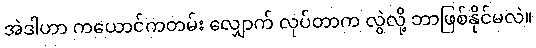
အဲဒါဟာ ကယောင်ကတမ်း လျှောက် လုပ်တာက လွဲလို့ ဘာဖြစ်နိုင်မလဲ။